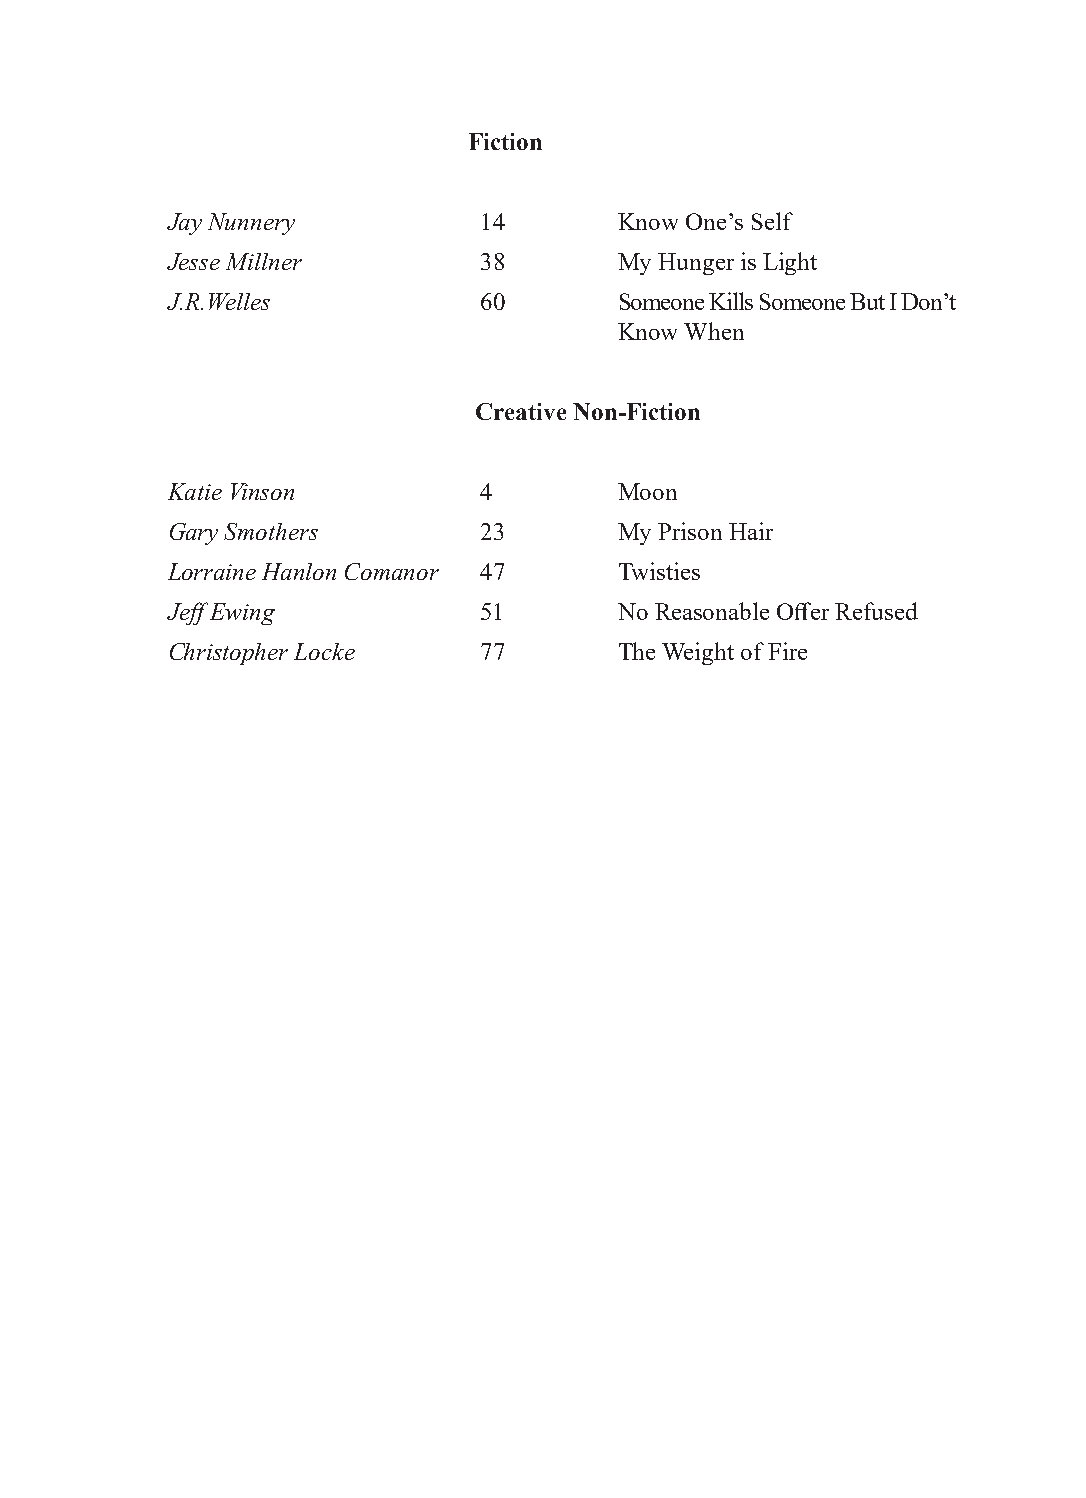
Fiction
 Jay Nunnery          14       Know One’s Self
 Jesse Millner        38       My Hunger is Light
 J.R.Welles           60       Someone Kills Someone But I Don’t
 Know When
 Creative Non-Fiction
 Katie Vinson         4        Moon
 Gary Smothers        23       My Prison Hair
 Lorraine Hanlon Comanor 47    Twisties
 Jeff Ewing           51       No Reasonable Offer Refused
 Christopher Locke    77       The Weight of Fire